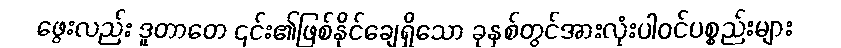
ဖွေးလည်း ဒူတာတေ ၎င်း၏ဖြစ်နိုင်ချေရှိသော ခုနှစ်တွင်အားလုံးပါဝင်ပစ္စည်းများ